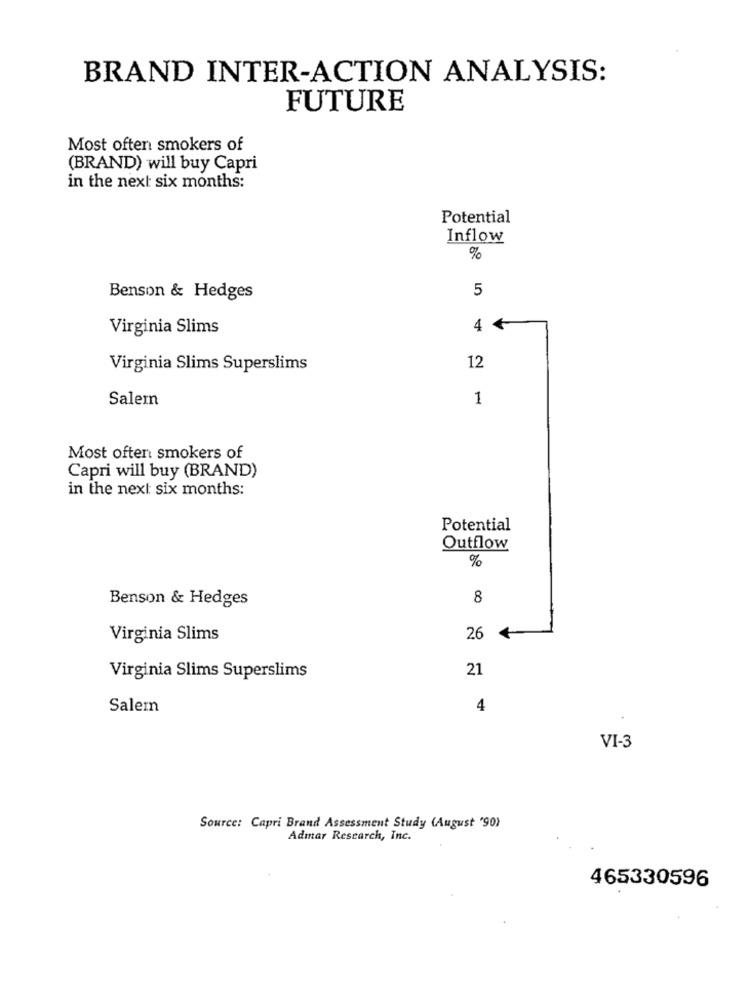
BRAND INTER-ACTION ANALYSIS:
FUTURE
Most often smokers of
(BRAND) will buy Capri
in the next six months:
Potential
Inflow
%
5
Benson & Hedges
Virginia Slims
4 4
Virginia Slims Superslims
12
Salern
1
Most often smokers of
Capri will buy (BRAND)
in the next six months:
Potential
Outflow
%
Benson & Hedges
8
Virginia Slims
26
21
Virginia Slims Superslims
Salem
4
VI-3
Source: Capri Brand Assessment Study (August '90)
Admar Research, Inc.
465330596